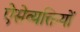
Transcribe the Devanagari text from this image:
ऐसेव्यक्तियों